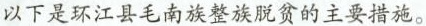
以下是环江县毛南族整族脱贫的主要措施。